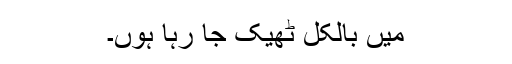
میں بالکل ٹھیک جا رہا ہوں۔